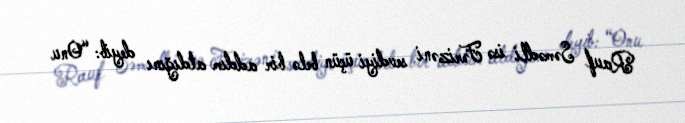
Rauf Səmədli isə Fərizəni sevdiyi üçün belə bir addım atdığını deyib: “Onu